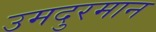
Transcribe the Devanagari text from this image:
उमदुरमान